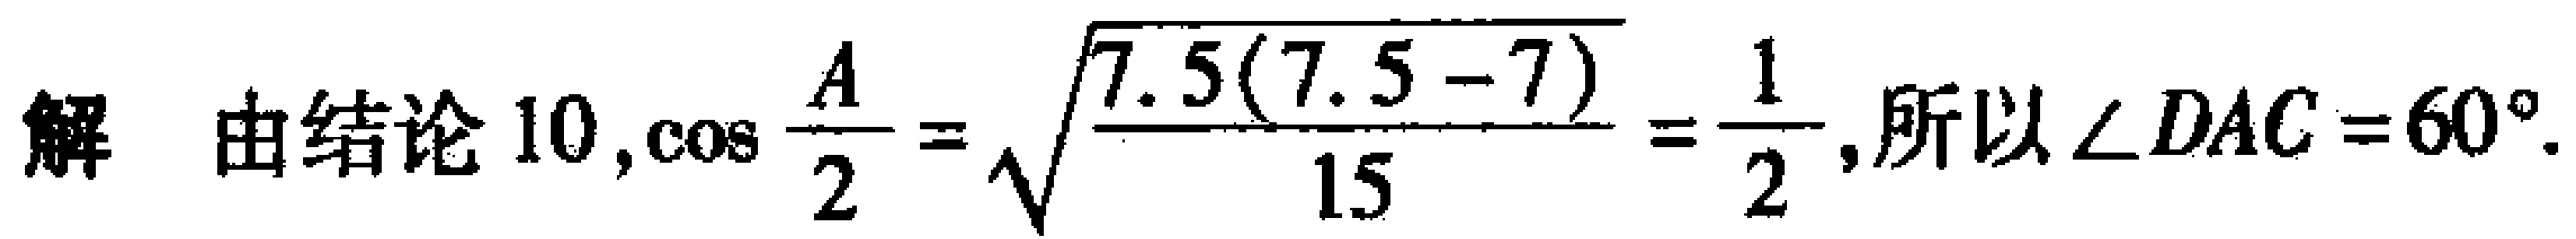
解 由结论 10,$\cos \frac{A}{2}=\sqrt{\frac{7.5(7.5 - 7)}{15}}=\frac{1}{2}$,所以$\angle DAC = 60^{\circ}$.